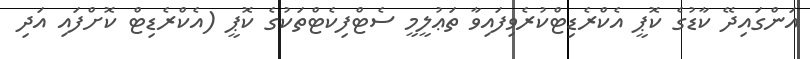
އަންގައިދޭ ކާޑުގެ ކޮޕީ އެކްރެޑިޓްކުރެވިފައިވާ ތަޢުލީމީ ސެޓްފިކެޓްތަކުގެ ކޮޕީ (އެކްރެޑިޓް ކޮށްފައި އަދި